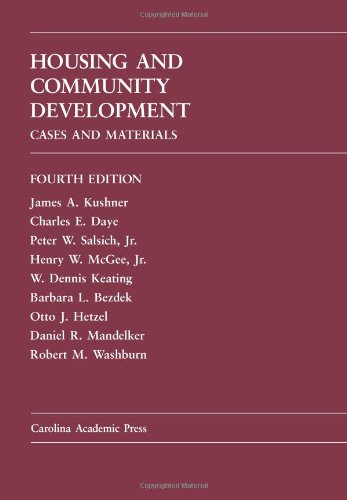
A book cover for Housing and Community Development: Cases and Materials; James A. Kushner; Law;